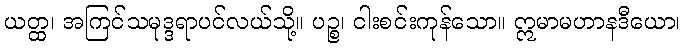
ယတ္ထ၊ အကြင်သမုဒ္ဒရာပင်လယ်သို့။ ပဉ္စ၊ ငါးစင်းကုန်သော။ ဣမာမဟာနဒီယော၊